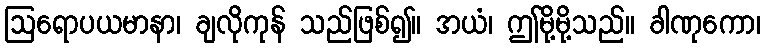
ဩရောပယမာနာ၊ ချလိုကုန် သည်ဖြစ်၍။ အယံ၊ ဤမို့မို့သည်။ ခါဏုကော၊